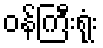
ဝန်ကြီးရုံး